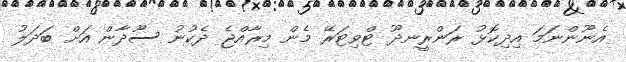
އެނޫންނަމަ އިދިކޮޅު ރަންރީނދޫ ޓްވިޓަރޭ މެން މިރާއްޖެ ދެކުނު ސޫދާން އަށް ބަދަލު